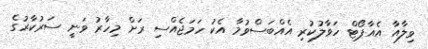
ވިލާއާ އެއާޕޯޓް ހަވާލުކުރި އެއްބަސްވުމާ އެކު ހަމަޖެއްސި ރަށް މިހާރު ވަނީ ސަރުކާރުގެ